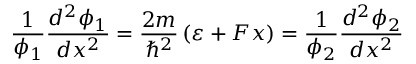
\frac { 1 } { \phi _ { 1 } } \frac { d ^ { 2 } \phi _ { 1 } } { d x ^ { 2 } } = \frac { 2 m } { \hbar ^ { 2 } } \left( \varepsilon + F x \right) = \frac { 1 } { \phi _ { 2 } } \frac { d ^ { 2 } \phi _ { 2 } } { d x ^ { 2 } }